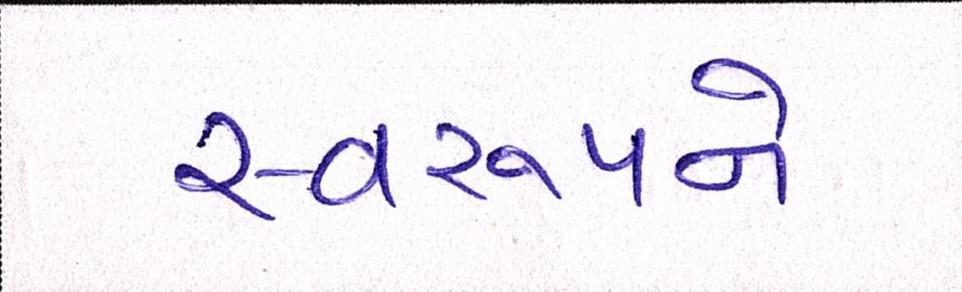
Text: સ્વરૂપને